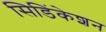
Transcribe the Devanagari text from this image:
सिडिंकेशन